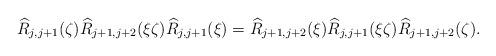
LaTeX: \begin{align*} \widehat{R}_{j,j+1}(\zeta)\widehat{R}_{j+1,j+2}(\xi\zeta) \widehat{R}_{j,j+1}(\xi) = \widehat{R}_{j+1,j+2}(\xi)\widehat{R}_{j,j+1}(\xi\zeta) \widehat{R}_{j+1,j+2}(\zeta).\end{align*}